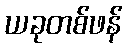
ယခုတစ်ဖန်